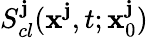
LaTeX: S_{cl}^{\mathbf{j}}(\textbf{{x}}^{\mathbf{j}},t;\textbf{{x}}_{0}^{\mathbf{j}})